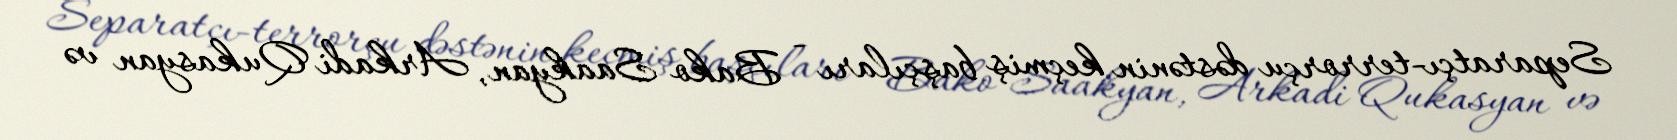
Separatçı-terrorçu dəstənin keçmiş başçıları - Bako Saakyan, Arkadi Qukasyan və